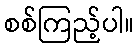
စစ်ကြည့်ပါ။